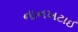
નાનખટાઈ